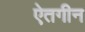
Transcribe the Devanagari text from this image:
ऐतगीन